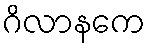
ဂိလာနကေ